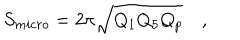
S _ { m i c r o } = 2 \pi \sqrt { Q _ { 1 } Q _ { 5 } Q _ { p } } \quad ,